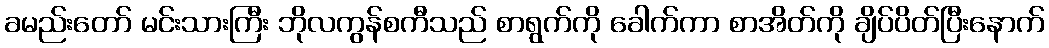
ခမည်းတော် မင်းသားကြီး ဘိုလကွန်စကီသည် စာရွက်ကို ခေါက်ကာ စာအိတ်ကို ချိပ်ပိတ်ပြီးနောက်